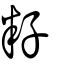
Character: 籽